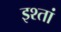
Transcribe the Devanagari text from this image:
इश्तां